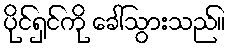
ပိုင်ရှင်ကို ခေါ်သွားသည်။